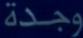
وجدة